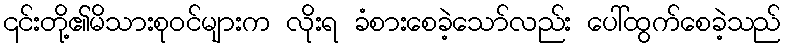
၎င်းတို့၏မိသားစုဝင်များက လိုးရ ခံစားစေခဲ့သော်လည်း ပေါ်ထွက်စေခဲ့သည်